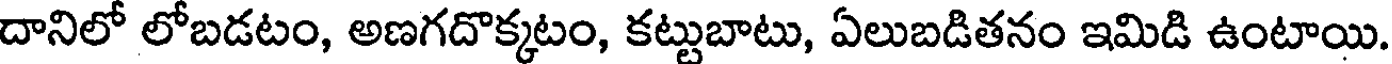
దానిలో లోబడటం, అణగదొక్కటం, కట్టుబాటు, ఏలుబడితనం ఇమిడి ఉంటాయి.